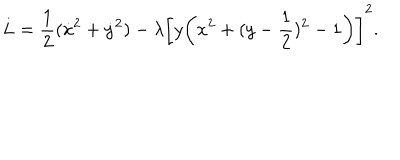
L = { \frac { 1 } { 2 } } ( \dot { x } ^ { 2 } + \dot { y } ^ { 2 } ) - \lambda \biggl [ y \biggl ( x ^ { 2 } + ( y - { \frac { 1 } { 2 } } ) ^ { 2 } - 1 \biggr ) \biggr ] ^ { 2 } .